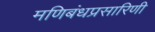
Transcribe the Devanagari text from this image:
मणिबंधप्रसारिणी